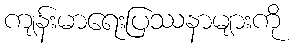
ကျန်းမာရေးပြဿနာများကို